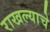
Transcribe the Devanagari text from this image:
राखल्याचे